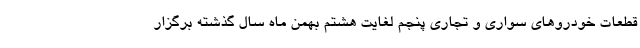
قطعات خودروهای سواری و تجاری پنجم لغایت هشتم بهمن ماه سال گذشته برگزار